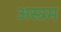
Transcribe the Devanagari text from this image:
अस्त्रम